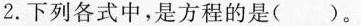
2.下列各式中，是方程的是( )。